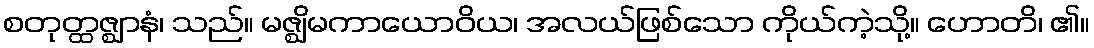
စတုတ္ထဇ္ဈာနံ၊ သည်။ မဇ္ဈိမကာယောဝိယ၊ အလယ်ဖြစ်သော ကိုယ်ကဲ့သို့။ ဟောတိ၊ ၏။